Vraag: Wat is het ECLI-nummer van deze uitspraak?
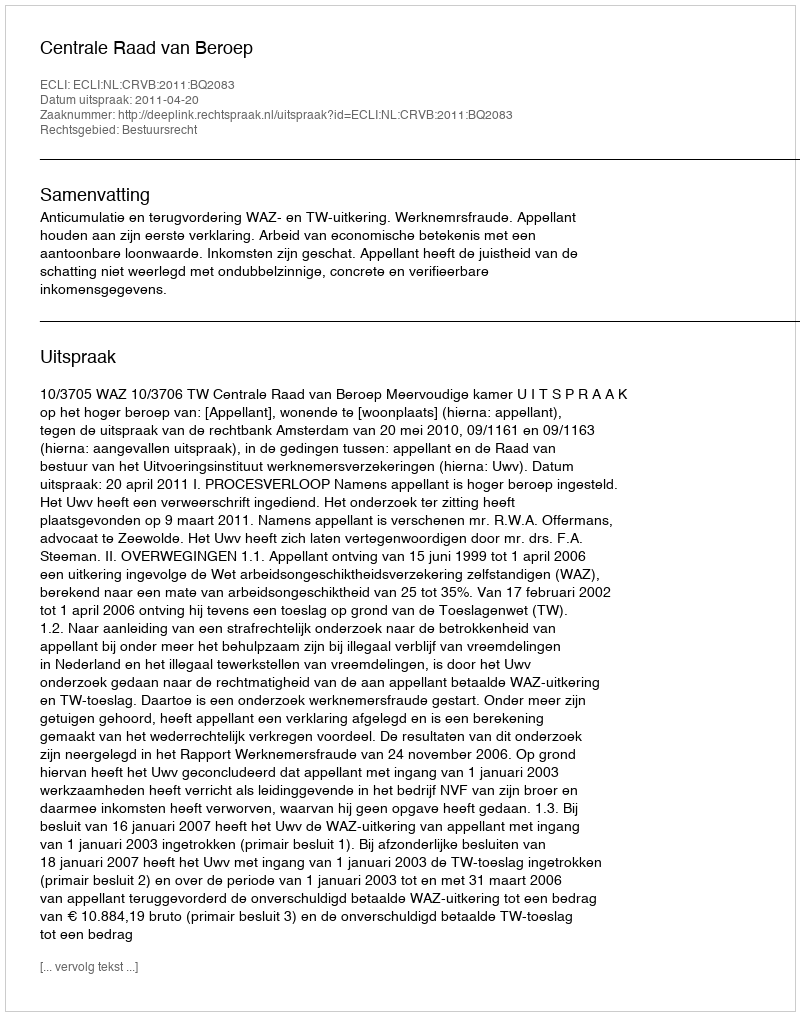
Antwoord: ECLI:NL:CRVB:2011:BQ2083